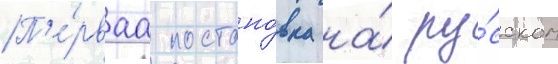
П'е́рваа постано́вка на́ ру́сском